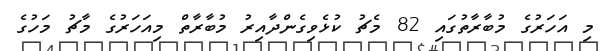
މި އަހަރުގެ މުބާރާތުގައި 82 މެޗު ކުޅެވިގެންދާއިރު މުބާރާތް މިއަހަރުގެ މާޗު މަހުގެ